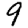
Digit: 9